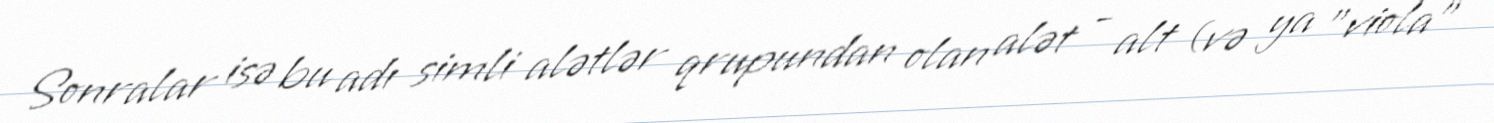
Sonralar isə bu adı simli alətlər qrupundan olan alət - alt (və ya "viola"